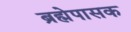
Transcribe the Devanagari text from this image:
ब्रह्मेपासक